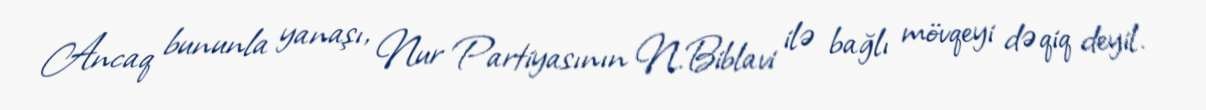
Ancaq bununla yanaşı, Nur Partiyasının N.Biblavi ilə bağlı mövqeyi dəqiq deyil.